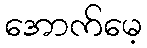
အောက်မေ့